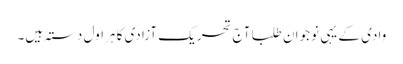
وادی کے یہی نوجوان طلبا آج تحریک آزادی کا ہراول دستہ ہیں۔